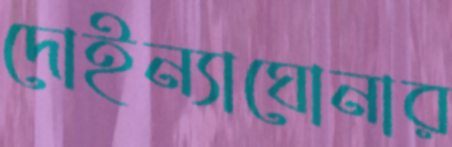
দোইন্যাঘোনার